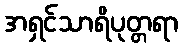
အရှင်သာရိပုတ္တရာ